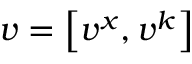
v = \left[ v ^ { x } , v ^ { k } \right]